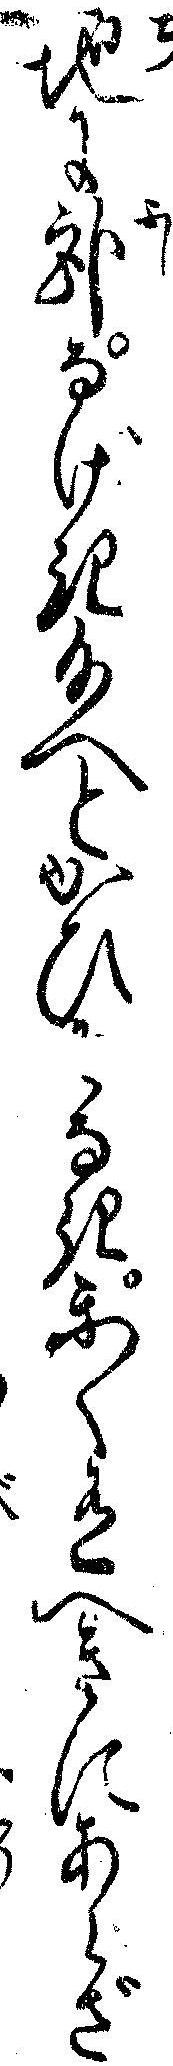
地に臥なげき給へとかひなきかく有へきにあらざ